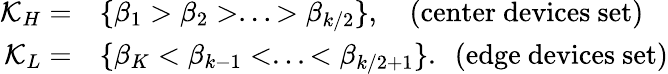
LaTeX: \begin{array}{rl}{\mathcal{K}_{H}=}&{\{ \beta_{1}>\beta_{2}>...>\beta_{k/2}\} ,\quad\mathrm{(center~devices~set)}}\\ {\mathcal{K}_{L}=}&{\{ \beta_{K}<\beta_{k-1}<...<\beta_{k/2+1}\} .\, \, \, \mathrm{(edge~devices~set)}}\end{array}